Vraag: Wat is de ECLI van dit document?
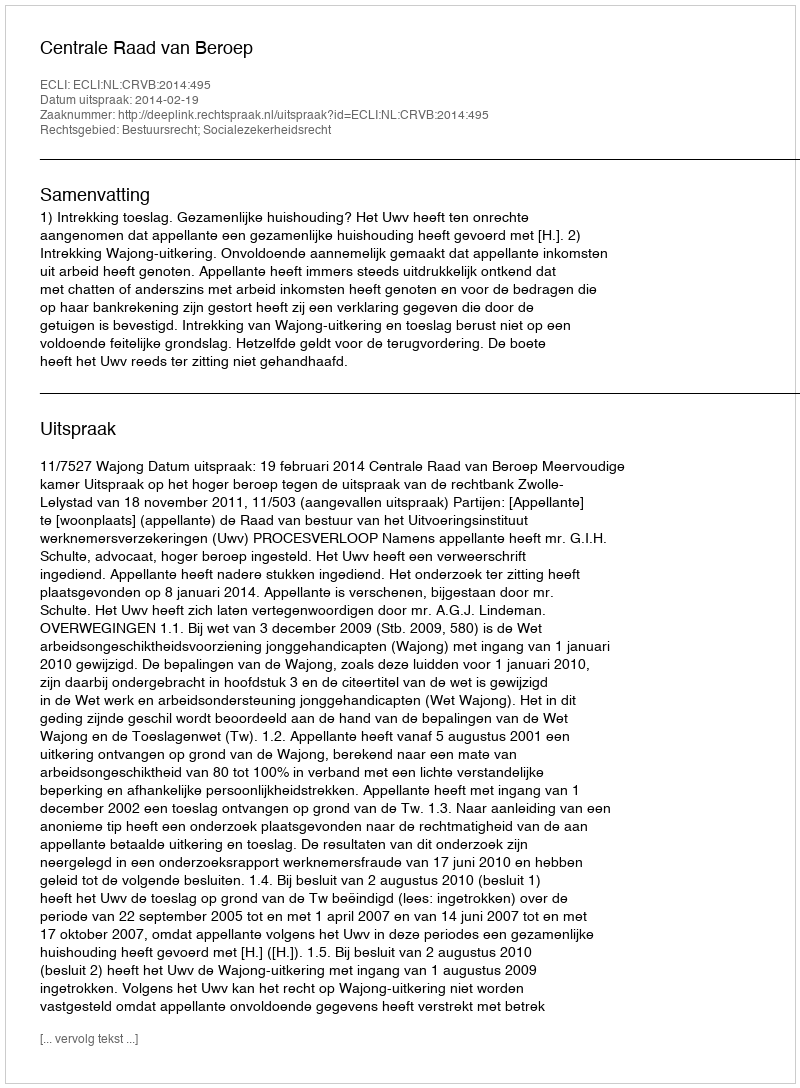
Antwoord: ECLI:NL:CRVB:2014:495